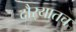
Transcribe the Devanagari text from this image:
दौर्‍यातच